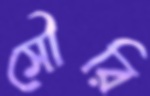
সৌরি